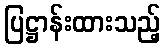
ပြဋ္ဌာန်းထားသည့်